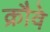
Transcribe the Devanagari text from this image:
क्रौवे